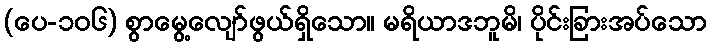
(ပေ-၁၀၆) စွာမွေ့လျော်ဖွယ်ရှိသော။ မရိယာဒဘူမိ၊ ပိုင်းခြားအပ်သော